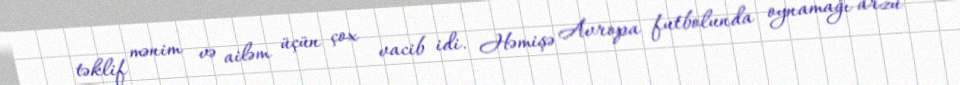
təklif mənim və ailəm üçün çox vacib idi. Həmişə Avropa futbolunda oynamağı arzu